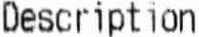
DESCRIPTION